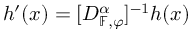
h ^ { \prime } ( x ) = [ D _ { \mathbb { F } , \varphi } ^ { \alpha } ] ^ { - 1 } h ( x )